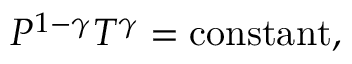
P ^ { 1 - \gamma } T ^ { \gamma } = { \mathrm { c o n s t a n t } } ,